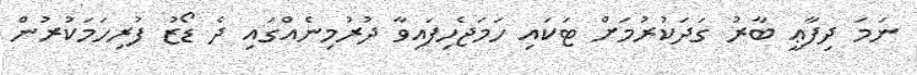
ނަމަ ދިފާޢީ ބާރު ގަދަކުރުމަށް ޓަކައި ހަމަޖެހިފައިވާ ދުރުމިނެއްގައި ދެ ޑޯޒު ފުރިހަމަކުރުން